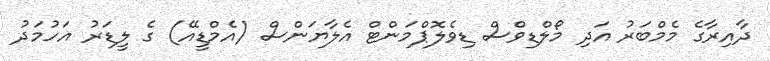
ދާއިރާގެ މެމްބަރު އަދި މޯލްޑިވްސް ޑިވެލޮޕްމަންޓް އެލާޔަންސް (އެމްޑީއޭ) ގެ ލީޑަރު އަހުމަދު